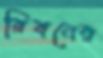
রিবনের